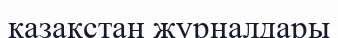
қазақстан журналдары